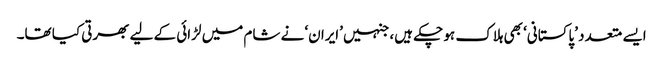
ایسے متعدد ’پاکستانی‘ بھی ہلاک ہو چکے ہیں، جنہیں ’ایران‘ نے شام میں لڑائی کے لیے بھرتی کیا تھا۔